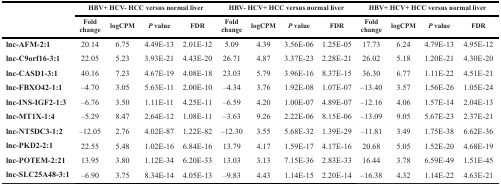
<table><thead><tr><td></td><td colspan="4"><b>HBV+ HCV- HCC versus normal liver</b></td><td colspan="4"><b>HBV- HCV+ HCC versus normal liver</b></td><td colspan="4"><b>HBV+ HCV+ HCC versus normal liver</b></td></tr><tr><td></td><td><b>Fold change</b></td><td><b>logCPM</b></td><td><b><i>P</i> value</b></td><td><b>FDR</b></td><td><b>Fold change</b></td><td><b>logCPM</b></td><td><b><i>P</i> value</b></td><td><b>FDR</b></td><td><b>Fold change</b></td><td><b>logCPM</b></td><td><b><i>P</i> value</b></td><td><b>FDR</b></td></tr></thead><tbody><tr><td><b>lnc-AFM-2:1</b></td><td>20.14</td><td>6.75</td><td>4.49E-13</td><td>2.01E-12</td><td>5.09</td><td>4.39</td><td>3.56E-06</td><td>1.25E-05</td><td>17.73</td><td>6.24</td><td>4.79E-13</td><td>4.95E-12</td></tr><tr><td><b>lnc-C9orf16-3:1</b></td><td>22.05</td><td>5.23</td><td>3.93E-21</td><td>4.43E-20</td><td>26.71</td><td>4.87</td><td>3.37E-23</td><td>2.28E-21</td><td>26.02</td><td>5.18</td><td>1.20E-21</td><td>4.30E-20</td></tr><tr><td><b>lnc-CASD1-3:1</b></td><td>40.16</td><td>7.23</td><td>4.67E-19</td><td>4.08E-18</td><td>23.03</td><td>5.79</td><td>3.96E-16</td><td>8.37E-15</td><td>36.30</td><td>6.77</td><td>1.11E-22</td><td>4.51E-21</td></tr><tr><td><b>lnc-FBXO42-1:1</b></td><td>–4.70</td><td>3.05</td><td>5.63E-11</td><td>2.00E-10</td><td>–4.34</td><td>3.76</td><td>1.92E-08</td><td>1.07E-07</td><td>–13.40</td><td>3.57</td><td>1.56E-26</td><td>1.05E-24</td></tr><tr><td><b>lnc-INS-IGF2-1:3</b></td><td>–6.76</td><td>3.50</td><td>1.11E-11</td><td>4.25E-11</td><td>–6.59</td><td>4.20</td><td>1.00E-07</td><td>4.89E-07</td><td>–12.16</td><td>4.06</td><td>1.57E-14</td><td>2.04E-13</td></tr><tr><td><b>lnc-MT1X-1:4</b></td><td>–5.29</td><td>8.47</td><td>2.64E-12</td><td>1.08E-11</td><td>–3.63</td><td>9.26</td><td>2.22E-06</td><td>8.15E-06</td><td>–13.09</td><td>9.05</td><td>5.67E-23</td><td>2.37E-21</td></tr><tr><td><b>lnc-NT5DC3-1:2</b></td><td>–12.05</td><td>2.76</td><td>4.02E-87</td><td>1.22E-82</td><td>–12.30</td><td>3.55</td><td>5.68E-32</td><td>1.39E-29</td><td>–11.81</td><td>3.49</td><td>1.75E-38</td><td>6.62E-36</td></tr><tr><td><b>lnc-PKD2-2:1</b></td><td>22.55</td><td>5.48</td><td>1.02E-16</td><td>6.84E-16</td><td>13.79</td><td>4.17</td><td>1.59E-17</td><td>4.17E-16</td><td>20.68</td><td>5.05</td><td>1.52E-20</td><td>4.68E-19</td></tr><tr><td><b>lnc-POTEM-2:21</b></td><td>13.95</td><td>3.80</td><td>1.12E-34</td><td>6.20E-33</td><td>13.03</td><td>3.13</td><td>7.15E-36</td><td>2.83E-33</td><td>16.44</td><td>3.78</td><td>6.59E-49</td><td>1.51E-45</td></tr><tr><td><b>lnc-SLC25A48-3:1</b></td><td>–6.90</td><td>3.75</td><td>8.34E-14</td><td>4.05E-13</td><td>–9.83</td><td>4.43</td><td>1.14E-15</td><td>2.20E-14</td><td>–16.38</td><td>4.32</td><td>1.14E-22</td><td>4.63E-21</td></tr></tbody></table>